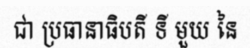
ជា ប្រធានាធិបតី ទី មួយ នៃ